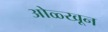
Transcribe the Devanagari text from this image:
ओळ्खून